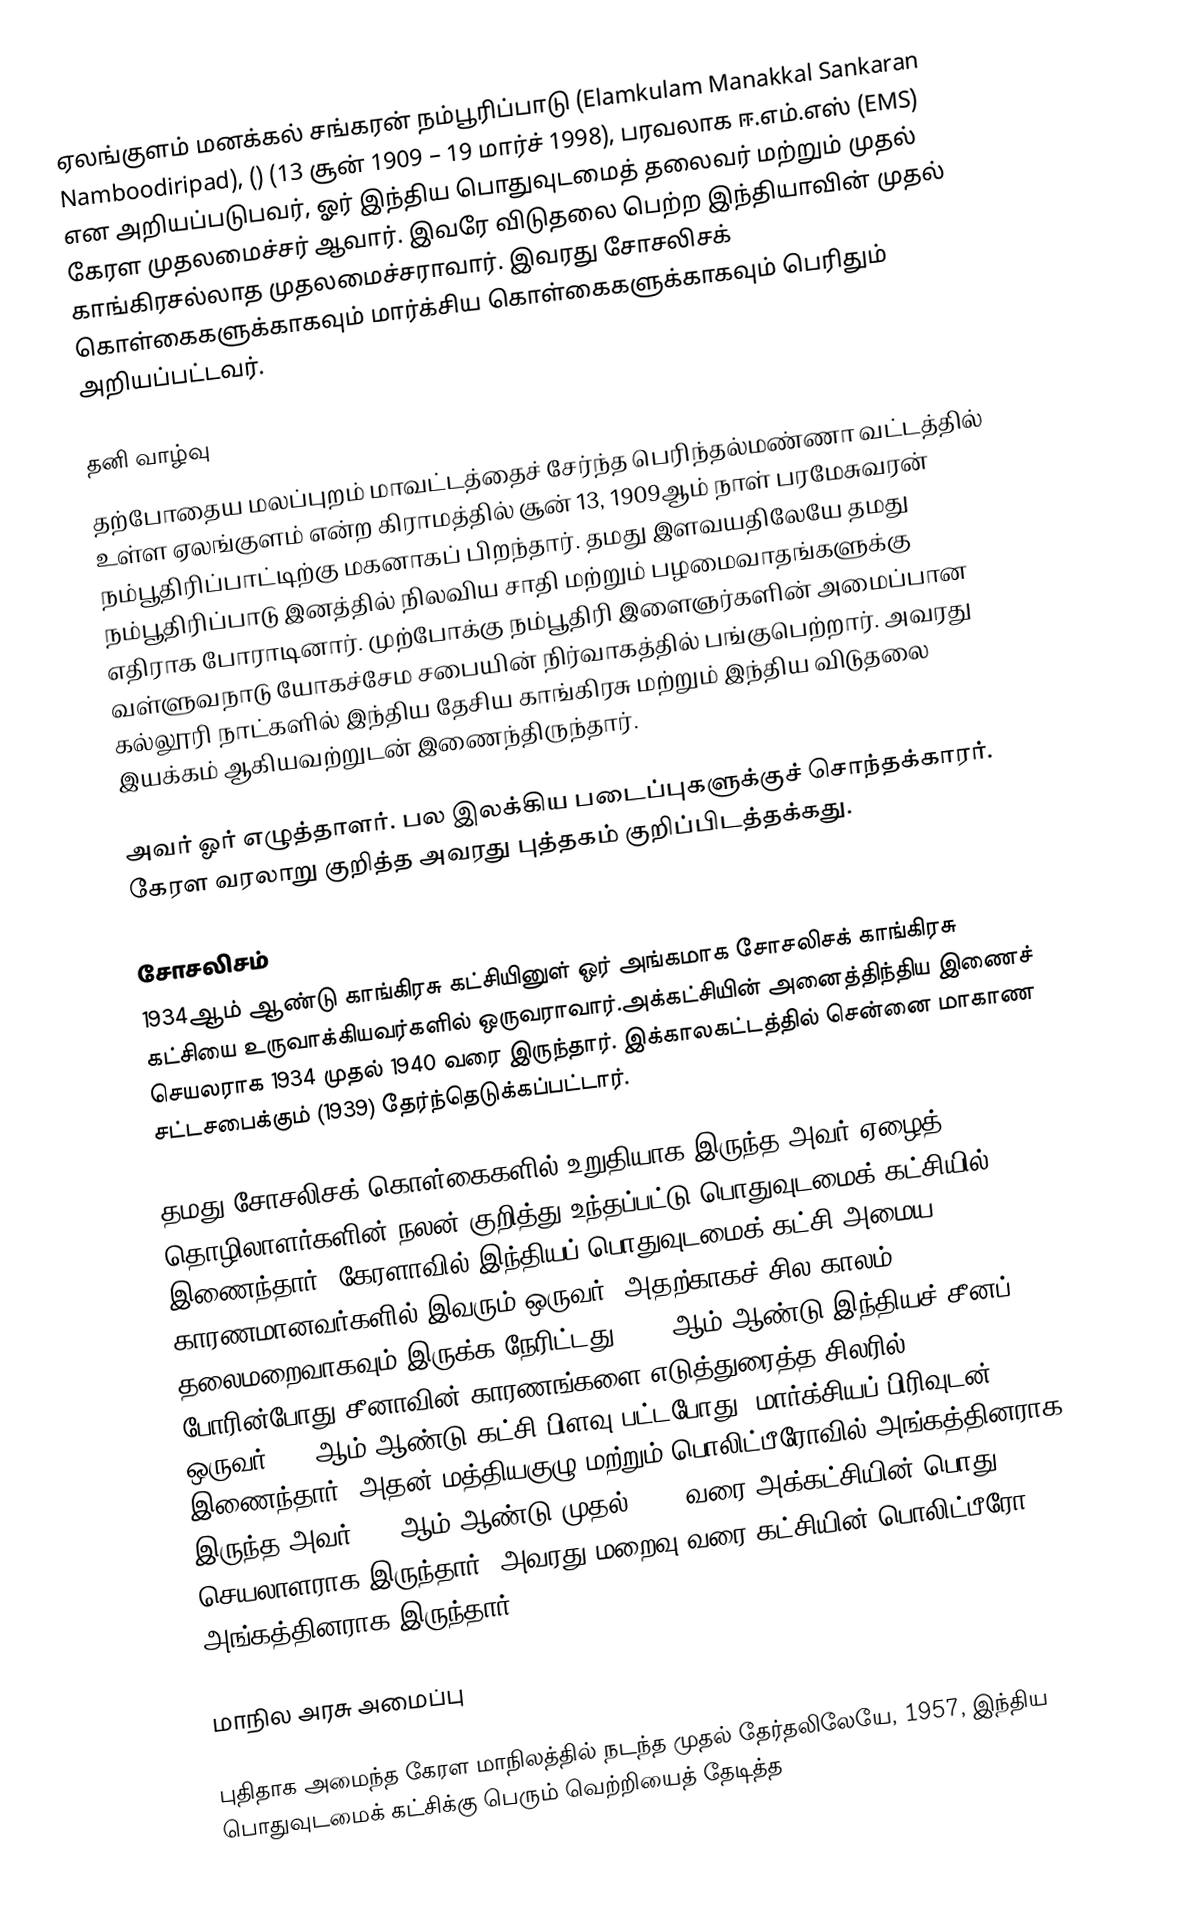
ஏலங்குளம் மனக்கல் சங்கரன் நம்பூரிப்பாடு (Elamkulam Manakkal Sankaran Namboodiripad), () (13 சூன் 1909 – 19 மார்ச் 1998), பரவலாக ஈ.எம்.எஸ் (EMS) என அறியப்படுபவர், ஓர் இந்திய பொதுவுடமைத் தலைவர் மற்றும் முதல் கேரள முதலமைச்சர் ஆவார். இவரே விடுதலை பெற்ற இந்தியாவின் முதல் காங்கிரசல்லாத முதலமைச்சராவார். இவரது சோசலிசக் கொள்கைகளுக்காகவும் மார்க்சிய கொள்கைகளுக்காகவும் பெரிதும் அறியப்பட்டவர்.

தனி வாழ்வு
தற்போதைய மலப்புறம் மாவட்டத்தைச் சேர்ந்த பெரிந்தல்மண்ணா வட்டத்தில் உள்ள ஏலங்குளம் என்ற கிராமத்தில் சூன் 13, 1909ஆம் நாள் பரமேசுவரன் நம்பூதிரிப்பாட்டிற்கு மகனாகப் பிறந்தார். தமது இளவயதிலேயே தமது நம்பூதிரிப்பாடு இனத்தில் நிலவிய சாதி மற்றும் பழமைவாதங்களுக்கு எதிராக போராடினார். முற்போக்கு நம்பூதிரி இளைஞர்களின் அமைப்பான வள்ளுவநாடு யோகச்சேம சபையின் நிர்வாகத்தில் பங்குபெற்றார். அவரது கல்லூரி நாட்களில் இந்திய தேசிய காங்கிரசு மற்றும் இந்திய விடுதலை இயக்கம் ஆகியவற்றுடன் இணைந்திருந்தார்.

அவர் ஓர் எழுத்தாளர். பல இலக்கிய படைப்புகளுக்குச் சொந்தக்காரர். கேரள வரலாறு குறித்த அவரது புத்தகம் குறிப்பிடத்தக்கது.

சோசலிசம்
1934ஆம் ஆண்டு காங்கிரசு கட்சியினுள் ஓர் அங்கமாக சோசலிசக் காங்கிரசு கட்சியை உருவாக்கியவர்களில் ஒருவராவார்.அக்கட்சியின் அனைத்திந்திய இணைச் செயலராக 1934 முதல் 1940 வரை இருந்தார். இக்காலகட்டத்தில் சென்னை மாகாண சட்டசபைக்கும் (1939) தேர்ந்தெடுக்கப்பட்டார்.

தமது சோசலிசக் கொள்கைகளில் உறுதியாக இருந்த அவர் ஏழைத் தொழிலாளர்களின் நலன் குறித்து உந்தப்பட்டு பொதுவுடமைக் கட்சியில் இணைந்தார். கேரளாவில் இந்தியப் பொதுவுடமைக் கட்சி அமைய காரணமானவர்களில் இவரும் ஒருவர். அதற்காகச் சில காலம் தலைமறைவாகவும் இருக்க நேரிட்டது. 1962ஆம் ஆண்டு இந்தியச் சீனப் போரின்போது சீனாவின் காரணங்களை எடுத்துரைத்த சிலரில் ஒருவர்.1964ஆம் ஆண்டு கட்சி பிளவு பட்டபோது, மார்க்சியப் பிரிவுடன் இணைந்தார். அதன் மத்தியகுழு மற்றும் பொலிட்பீரோவில் அங்கத்தினராக இருந்த அவர் 1977ஆம் ஆண்டு முதல் 1992 வரை அக்கட்சியின் பொது செயலாளராக இருந்தார். அவரது மறைவு வரை கட்சியின் பொலிட்பீரோ அங்கத்தினராக இருந்தார்.

மாநில அரசு அமைப்பு

புதிதாக அமைந்த கேரள மாநிலத்தில் நடந்த முதல் தேர்தலிலேயே, 1957, இந்திய பொதுவுடமைக் கட்சிக்கு பெரும் வெற்றியைத் தேடித்த